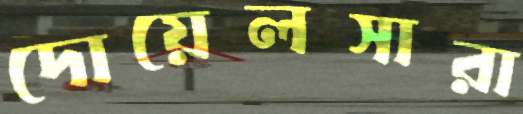
দোয়েলসারা